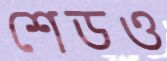
শেডও